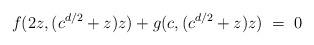
LaTeX: \begin{align*}f(2z,(c^{d/2}+z)z)+g(c,(c^{d/2}+z)z)\;=\;0\end{align*}